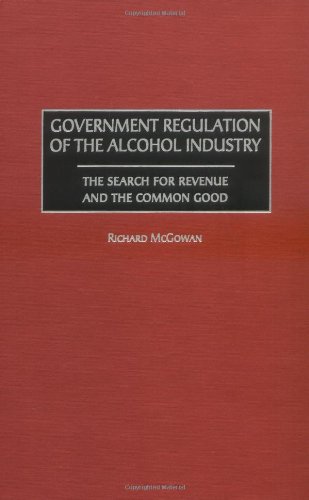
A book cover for Government Regulation of the Alcohol Industry: The Search for Revenue and the Common Good; Richard McGowan; Law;